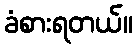
ခံစားရတယ်။